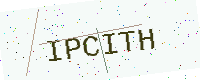
Text: IPCITH